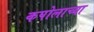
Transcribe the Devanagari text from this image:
कपोलाच्या